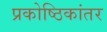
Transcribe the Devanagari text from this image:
प्रकोष्ठिकांतर